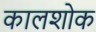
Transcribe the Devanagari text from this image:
कालशोक